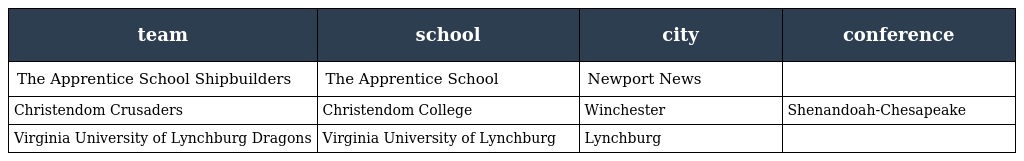
| team | school | city | conference |
 | --- | --- | --- | --- |
 | The Apprentice School Shipbuilders | The Apprentice School | Newport News |  |
 | Christendom Crusaders | Christendom College | Winchester | Shenandoah-Chesapeake |
 | Virginia University of Lynchburg Dragons | Virginia University of Lynchburg | Lynchburg |  |